Vaike-Kopu_(Puiatu)_vallavalitsus, lk 28
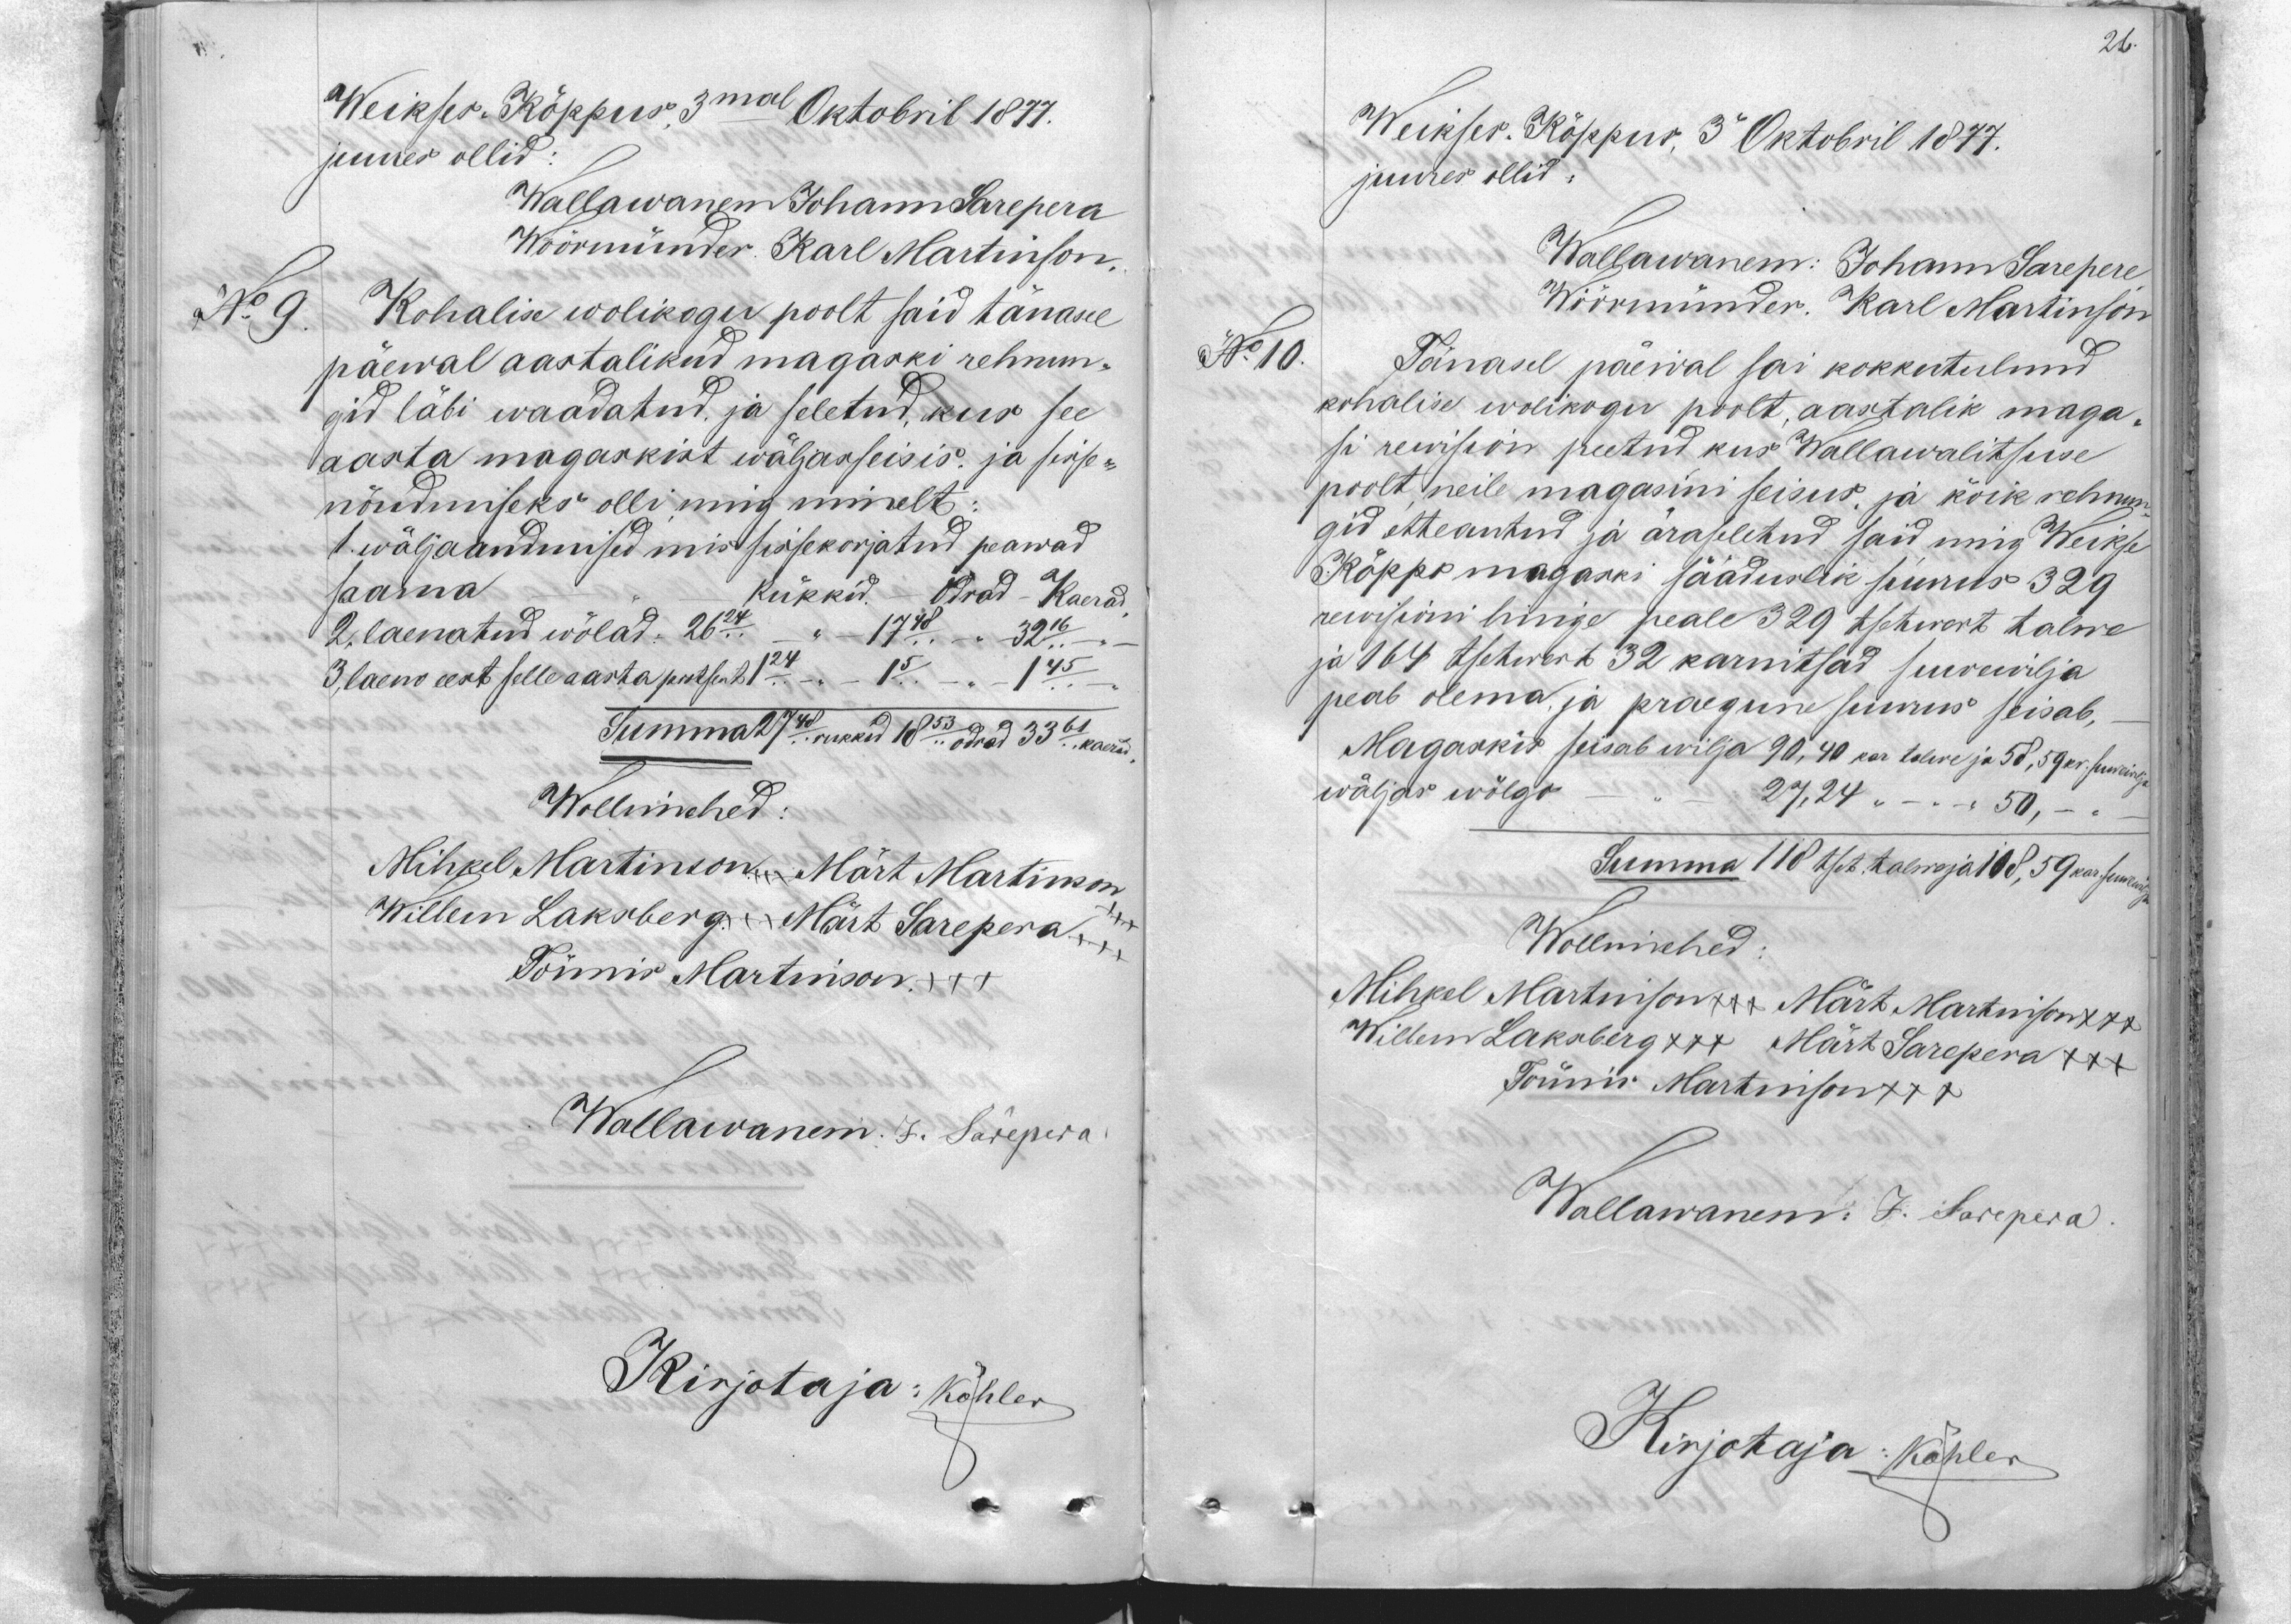
26.

Weikses. Köppus 3mal Oktobril 1877.
juures ollid.
Wallawanem Johann Sarepera
Wöörmünder Karl Martinson
No 9
Kohalise wolikogu poolt said tänasel
päewal aastalikud magaski rehnun.
gid läbi waadatud, ja seletud, kus see
aasta magaskist wäljasseisis ja sisse-
nõudmiseks olli ning nimelt:
1. wäljaandmised mis sissekorjatud peawad
saama Rükkid - Odrad - Kaerad
2. laenatud wõlad. 26.24. - 17.48. 32.16
3. laeno eest selle aasta protsent 1.24 - 1.05. - 1.45.
Summa 27.48 rukkid 18.53. odrad 33.61. kaerad
Wollimehed:
Mihkel Martinson xxx Märt Martinson,
Willem Laksberg xxx Märt Sarepera xxx
Tönnis Martinson +++
Wallawanem. J. Sarepera
Kirjotaja: Köhler

Weikses. Köppus, 3 Oktobril 1877.
juures ollid.
Wallawanem: Johann Sarepere
Wöörmünder. Karl Martinson
N 10.
Tänasel päewal sai kokkutulnud
kohalise wolikogu poolt aastalik maga-
si rewision peetud kus Wallawalitsuse
poolt neile magasini seisus, ja kõik rehnun
gid etteantud ja äraseletud said ning Weiksel
Köppo magaski sääduslik suurus 329
rewisioni hinge peale 329 tsetwert talwe
ja 164 tsetwert 32 karnitsad suwewilja
peab olema ja praegune suurus seisab,
Magaskis seisab wilja 90, 40 kar tolwe ja 58, 59 kr. suwewilja
wäljas wõlgo 27.24      50,
Summa 118 tset talwaja 108,59 kar suwewilja
Wollimehed
Mihkel Martinson xxx Märt Martinson xxx
Willem Laksberg +++ Märt Sarepera +++
Tönnis Martinson +++
Wallawanem: J. Sarepera
Kirjotaja Köhler